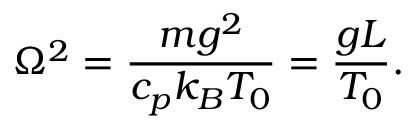
\Omega ^ { 2 } = { \frac { m g ^ { 2 } } { c _ { p } k _ { B } T _ { 0 } } } = { \frac { g L } { T _ { 0 } } } .